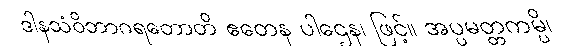
ဒါနသံဝိဘာဂရတောတိ ဧတေန ပါဌေန၊ ဖြင့်။ အပ္ပမတ္တကမ္ပိ၊